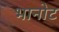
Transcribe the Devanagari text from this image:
भानोट